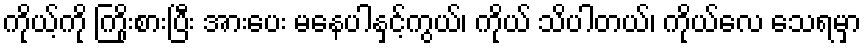
ကိုယ့်ကို ကြိုးစားပြီး အားပေး မနေပါနှင့်ကွယ်၊ ကိုယ် သိပါတယ်၊ ကိုယ်လေ သေရမှာ